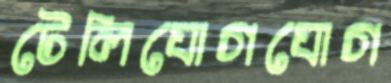
টেলিযোগযোগ